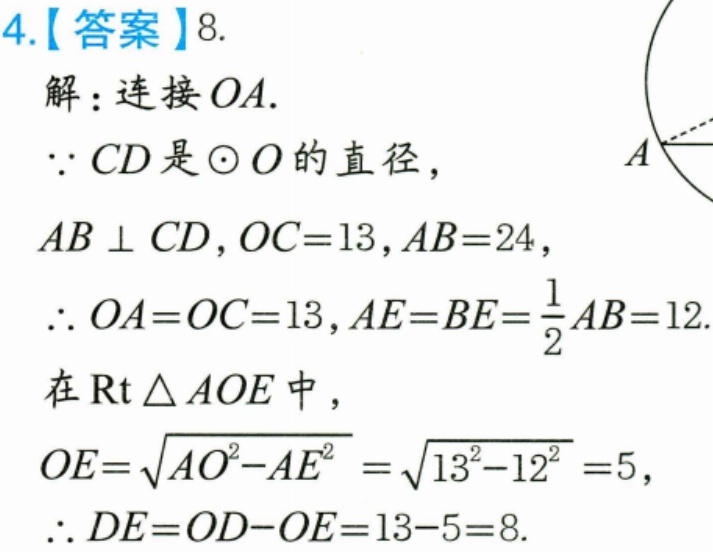
4.【答案】8.
解：连接 \(OA\).
\(\because CD\)是\(\odot O\)的直径，
\(AB\perp CD\)，\(OC = 13\)，\(AB = 24\)，
\(\therefore OA=OC = 13\)，\(AE = BE=\frac{1}{2}AB = 12\).
在\(\text{Rt}\triangle AOE\)中，
\(OE=\sqrt{AO^{2}-AE^{2}}=\sqrt{13^{2}-12^{2}} = 5\)，
\(\therefore DE=OD - OE=13 - 5 = 8\).